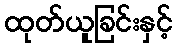
ထုတ်ယူခြင်းနှင့်